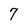
Character: 7